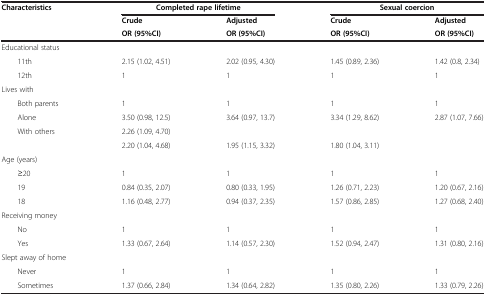
<table><thead><tr><td rowspan="3"><b>Characteristics</b></td><td colspan="2"><b>Completed rape lifetime</b></td><td colspan="2"><b>Sexual coercion</b></td></tr><tr><td><b>Crude</b></td><td><b>Adjusted</b></td><td><b>Crude</b></td><td><b>Adjusted</b></td></tr><tr><td><b>OR (95%CI)</b></td><td><b>OR (95%CI)</b></td><td><b>OR (95%CI)</b></td><td><b>OR (95%CI)</b></td></tr></thead><tbody><tr><td>Educational status</td><td> </td><td> </td><td> </td><td> </td></tr><tr><td>11th</td><td>2.15 (1.02, 4.51)</td><td>2.02 (0.95, 4.30)</td><td>1.45 (0.89, 2.36)</td><td>1.42 (0.8, 2.34)</td></tr><tr><td>12th</td><td>1</td><td>1</td><td>1</td><td>1</td></tr><tr><td>Lives with</td><td> </td><td> </td><td> </td><td> </td></tr><tr><td>Both parents</td><td>1</td><td>1</td><td>1</td><td>1</td></tr><tr><td>Alone</td><td>3.50 (0.98, 12.5)</td><td>3.64 (0.97, 13.7)</td><td>3.34 (1.29, 8.62)</td><td>2.87 (1.07, 7.66)</td></tr><tr><td>With others</td><td>2.26 (1.09, 4.70)</td><td> </td><td> </td><td> </td></tr><tr><td> </td><td>2.20 (1.04, 4.68)</td><td>1.95 (1.15, 3.32)</td><td>1.80 (1.04, 3.11)</td><td> </td></tr><tr><td>Age (years)</td><td> </td><td> </td><td> </td><td> </td></tr><tr><td>≥20</td><td>1</td><td>1</td><td>1</td><td>1</td></tr><tr><td>19</td><td>0.84 (0.35, 2.07)</td><td>0.80 (0.33, 1.95)</td><td>1.26 (0.71, 2.23)</td><td>1.20 (0.67, 2.16)</td></tr><tr><td>18</td><td>1.16 (0.48, 2.77)</td><td>0.94 (0.37, 2.35)</td><td>1.57 (0.86, 2.85)</td><td>1.27 (0.68, 2.40)</td></tr><tr><td>Receiving money</td><td> </td><td> </td><td> </td><td> </td></tr><tr><td>No</td><td>1</td><td>1</td><td>1</td><td>1</td></tr><tr><td>Yes</td><td>1.33 (0.67, 2.64)</td><td>1.14 (0.57, 2.30)</td><td>1.52 (0.94, 2.47)</td><td>1.31 (0.80, 2.16)</td></tr><tr><td>Slept away of home</td><td> </td><td> </td><td> </td><td> </td></tr><tr><td>Never</td><td>1</td><td>1</td><td>1</td><td>1</td></tr><tr><td>Sometimes</td><td>1.37 (0.66, 2.84)</td><td>1.34 (0.64, 2.82)</td><td>1.35 (0.80, 2.26)</td><td>1.33 (0.79, 2.26)</td></tr></tbody></table>